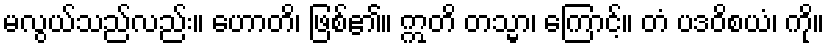
မလွယ်သည်လည်း။ ဟောတိ၊ ဖြစ်၏။ ဣတိ တသ္မာ၊ ကြောင့်။ တံ ပဒဝိစယံ၊ ကို။